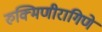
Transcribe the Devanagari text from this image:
रुक्मिणीरागिणे